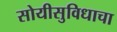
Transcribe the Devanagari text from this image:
सोयीसुविधाचा